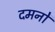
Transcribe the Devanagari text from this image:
दमनों